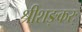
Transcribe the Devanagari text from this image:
श्रीशङ्करः